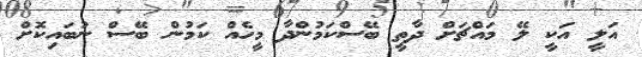
އަލީ އަކީ ލޭ މައްޗަށް ދާތީ ބޭސްކަމުންދާ މީހެއް ކަމުން ބޭސް ނުބައިކޮށް